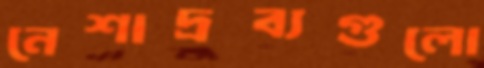
নেশাদ্রব্যগুলো